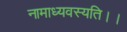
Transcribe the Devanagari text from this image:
नामाध्यवस्यति।।